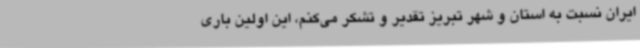
ایران نسبت به استان و شهر تبریز تقدیر و تشکر می‌کنم، این اولین باری